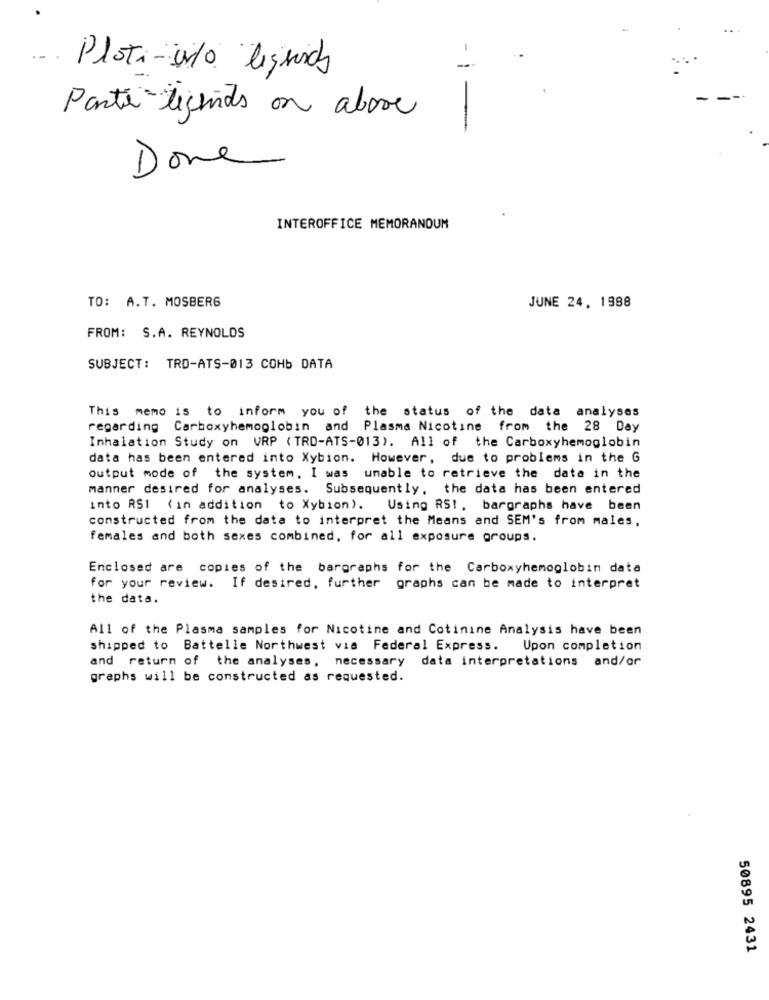
-
.. .
Plati-w/o ligsich
Parte lights on above
Done
INTEROFFICE MEMORANDUM
TO: A.T. MOSBERG
JUNE 24, 1988
FROM: S.A. REYNOLDS
SUBJECT: TRD-ATS-013 COHb DATA
This memo is to inform you of the status of the data analyses
regarding Carboxyhemoglobin and Plasma Nicotine from the 28 Day
Inhalation Study on VRP ( TRO-ATS-013). All of the Carboxyhemoglobin
data has been entered into Xybion. However, due to problems in the G
output mode of the system, I was unable to retrieve the data in the
manner desired for analyses. Subsequently, the data has been entered
into RS1 ( in addition to Xybion). Using RS !, bargraphs have been
constructed from the data to interpret the Means and SEM's from males,
females and both sexes combined, for all exposure groups.
Enclosed are copies of the bargraphs for the Carboxyhemoglobin data
for your review. If desired, further graphs can be made to interpret
the data.
All of the Plasma samples for Nicotine and Cotinine Analysis have been
shipped to Battelle Northwest via Federal Express.
Upon completion
and return of the analyses, necessary data interpretations and/or
graphs will be constructed as requested.
50895 2431